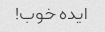
ایده خوب!